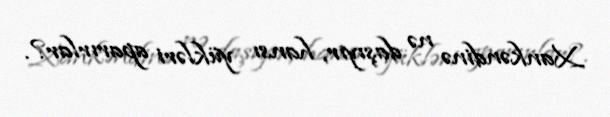
Xankəndinə nə daşıyır, hansı yükləri aparırlar?.